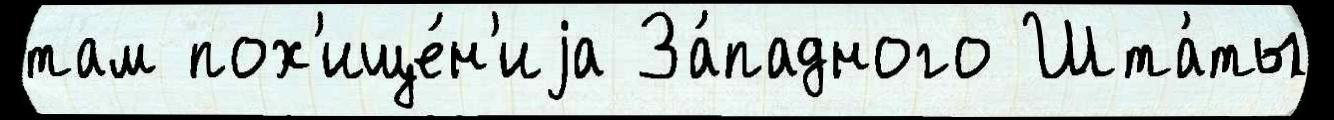
там пох'ище́н'иjа За́падного Шта́ты